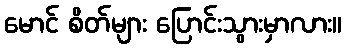
မောင် စိတ်များ ပြောင်းသွားမှာလား။